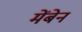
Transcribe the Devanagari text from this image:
मेंबेन